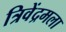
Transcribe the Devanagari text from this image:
त्रिवेंद्रमला